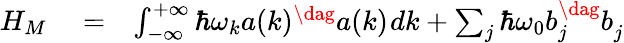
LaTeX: \begin{array}{rlr}{H_{M}}&{{}=}&{\int_{-\infty}^{+\infty}\hbar\omega_{k}a(k)^{\dag}a(k)^{\vphantom{\dag}}dk+\sum_{j}\hbar\omega_{0}b_{j}^{\dag}b_{j}^{\vphantom{\dag}}}\end{array}